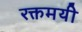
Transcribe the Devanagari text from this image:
रक्तमयी